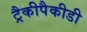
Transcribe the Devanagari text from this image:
ट्रैकीपैकीडी